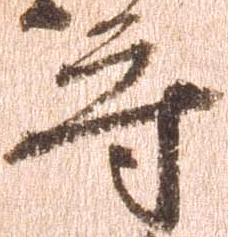
守